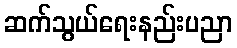
ဆက်သွယ်ရေးနည်းပညာ